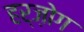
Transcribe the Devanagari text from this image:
हर्ज़ोग